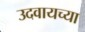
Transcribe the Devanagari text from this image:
उदवायच्या